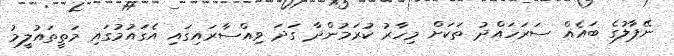
ނޭޕާލުގެ ބައެއް ސަރަހައްދު ތަކަށް މިހާރު ކުރަމުންދާ ގަދަ ވިއްސާރައިގައި އެގައުމުގައި މަތީތައުލީމު